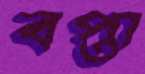
বপ্তা